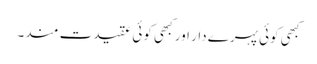
کبھی کوئی پہرے دار اور کبھی کوئی عقیدت مند۔